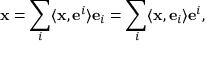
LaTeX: \mathbf { x } = \sum _ { i } \langle \mathbf { x } , \mathbf { e } ^ { i } \rangle \mathbf { e } _ { i } = \sum _ { i } \langle \mathbf { x } , \mathbf { e } _ { i } \rangle \mathbf { e } ^ { i } ,